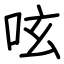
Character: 呟